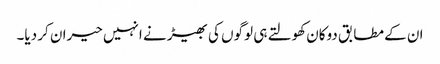
ان کے مطابق دوکان کھولتے ہی لوگوں کی بھیڑ نے انہیں حیران کر دیا۔